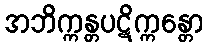
အဘိက္ကန္တပဋိက္ကန္တော